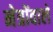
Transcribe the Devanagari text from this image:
नेत्रोंवाले